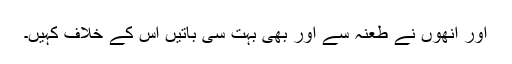
اور انھوں نے طعنہ سے اور بھی بہت سی باتیں اس کے خلاف کہیں۔